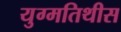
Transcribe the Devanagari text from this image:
युग्मतिथीस